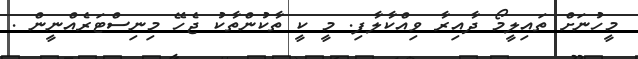
މީހުނަށް ތައިލީމޯ ދާއިރާ ވިއްކާލާފި. މީ ކީ ތާކުންތާކު ޖެހޭ މިނިސްޓަރެއްނީން .